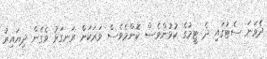
ދެވަނަ ސެޓުގައި ދެ ޓީމުގެ ކުޅުންވެސް ކޮންމެވެސް ވަރަކަށް ރަނގަޅު ވެގެން ދިޔައިރު